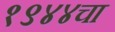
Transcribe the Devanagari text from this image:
१९४४चा